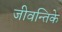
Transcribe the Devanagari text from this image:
जीवन्तिके